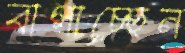
বাগাচ্ছেন